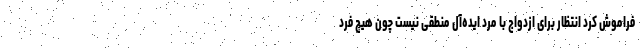
فراموش کرد انتظار برای ازدواج با مرد ایده‌آل منطقی نیست چون هیچ فرد